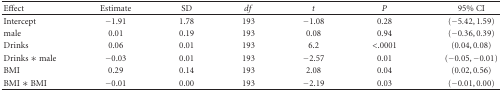
<table><thead><tr><td><b>Effect</b></td><td><b>Estimate</b></td><td><b>SD</b></td><td><b><i>df</i></b></td><td><b><i>t</i></b></td><td><b><i>P</i></b></td><td><b>95% CI</b></td></tr></thead><tbody><tr><td>Intercept</td><td>−1.91</td><td>1.78</td><td>193</td><td>−1.08</td><td>0.28</td><td>(−5.42,1.59)</td></tr><tr><td>male</td><td>0.01</td><td>0.19</td><td>193</td><td>0.08</td><td>0.94</td><td>(−0.36,0.39)</td></tr><tr><td>Drinks</td><td>0.06</td><td>0.01</td><td>193</td><td>6.2</td><td>&lt;.0001</td><td>(0.04,0.08)</td></tr><tr><td>Drinks ∗ male</td><td>−0.03</td><td>0.01</td><td>193</td><td>−2.57</td><td>0.01</td><td>(−0.05, −0.01)</td></tr><tr><td>BMI</td><td>0.29</td><td>0.14</td><td>193</td><td>2.08</td><td>0.04</td><td>(0.02,0.56)</td></tr><tr><td>BMI ∗ BMI</td><td>−0.01</td><td>0.00</td><td>193</td><td>−2.19</td><td>0.03</td><td>(−0.01,0.00)</td></tr></tbody></table>